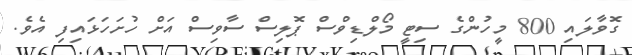
ގޮވާލައި 800 މީހުންގެ ސިޓީ މޯލްޑިވްސް ޕޮލިސް ސާވިސް އަށް ހުށަހަޅައިފި އެވެ.